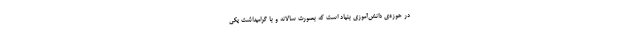
در حوزه‌ی دانش‌آموزی بنیاد است که بصورت سالانه و با گرامیداشت یکی